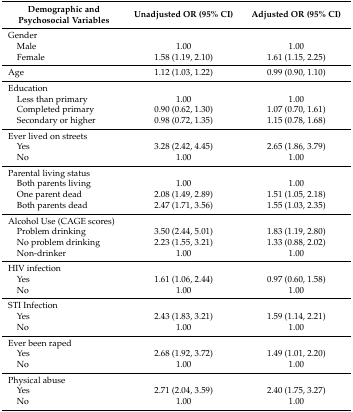
| Demographic and Psychosocial Variables | Unadjusted OR (95% CI) | Adjusted OR (95% CI) |
 | --- | --- | --- |
 | Gender |  |  |
 | Male | 1.00 | 1.00 |
 | Female | 1.58 (1.19, 2.10) | 1.61 (1.15, 2.25) |
 | Age | 1.12 (1.03, 1.22) | 0.99 (0.90, 1.10) |
 | Education |  |  |
 | Less than primary | 1.00 | 1.00 |
 | Completed primary | 0.90 (0.62, 1.30) | 1.07 (0.70, 1.61) |
 | Secondary or higher | 0.98 (0.72, 1.35) | 1.15 (0.78, 1.68) |
 | Ever lived on streets |  |  |
 | Yes | 3.28 (2.42, 4.45) | 2.65 (1.86, 3.79) |
 | No | 1.00 | 1.00 |
 | Parental living status |  |  |
 | Both parents living | 1.00 | 1.00 |
 | One parent dead | 2.08 (1.49, 2.89) | 1.51 (1.05, 2.18) |
 | Both parents dead | 2.47 (1.71, 3.56) | 1.55 (1.03, 2.35) |
 | Alcohol Use (CAGE scores) |  |  |
 | Problem drinking | 3.50 (2.44, 5.01) | 1.83 (1.19, 2.80) |
 | No problem drinking | 2.23 (1.55, 3.21) | 1.33 (0.88, 2.02) |
 | Non-drinker | 1.00 | 1.00 |
 | HIV infection |  |  |
 | Yes | 1.61 (1.06, 2.44) | 0.97 (0.60, 1.58) |
 | No | 1.00 | 1.00 |
 | STI Infection |  |  |
 | Yes | 2.43 (1.83, 3.21) | 1.59 (1.14, 2.21) |
 | No | 1.00 | 1.00 |
 | Ever been raped |  |  |
 | Yes | 2.68 (1.92, 3.72) | 1.49 (1.01, 2.20) |
 | No | 1.00 | 1.00 |
 | Physical abuse |  |  |
 | Yes | 2.71 (2.04, 3.59) | 2.40 (1.75, 3.27) |
 | No | 1.00 | 1.00 |